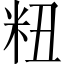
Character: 粈